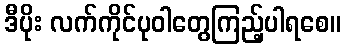
ဒီပိုး လက်ကိုင်ပုဝါတွေကြည့်ပါရစေ။